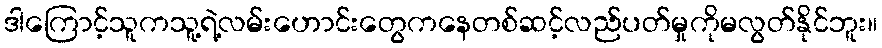
ဒါကြောင့်သူကသူ့ရဲ့လမ်းဟောင်းတွေကနေတစ်ဆင့်လည်ပတ်မှုကိုမလွတ်နိုင်ဘူး။